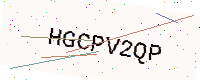
Text: HGCPV2QP